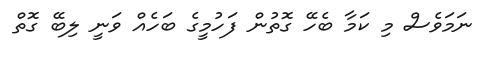
ނަމަވެސް މި ކަމާ ބެހޭ ގޮތުން ފަހުމީގެ ބަހެއް ވަނީ ލިބޭ ގޮތް